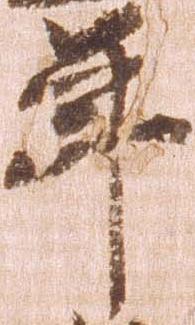
年